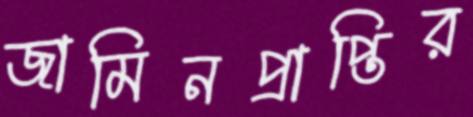
জামিনপ্রাপ্তির